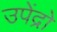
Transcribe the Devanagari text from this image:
उपेंद्रो